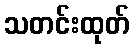
သတင်းထုတ်